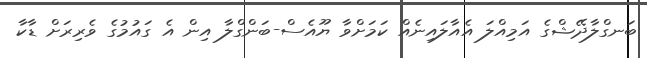
ބަނގްލާދޭޝްގެ އަމިއްލަ އެއާލައިނެއް ކަމަށްވާ ޔޫއެސް-ބަންގްލާ އިން އެ ގައުމުގެ ވެރިރަށް ޑާކާ